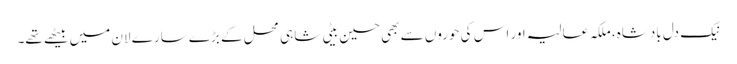
نیک دل بادشاہ، ملکہ عالیہ اور اس کی حوروں سے بھی حسین بیٹی شاہی محل کے بڑے سارے لان میں بیٹھے تھے۔